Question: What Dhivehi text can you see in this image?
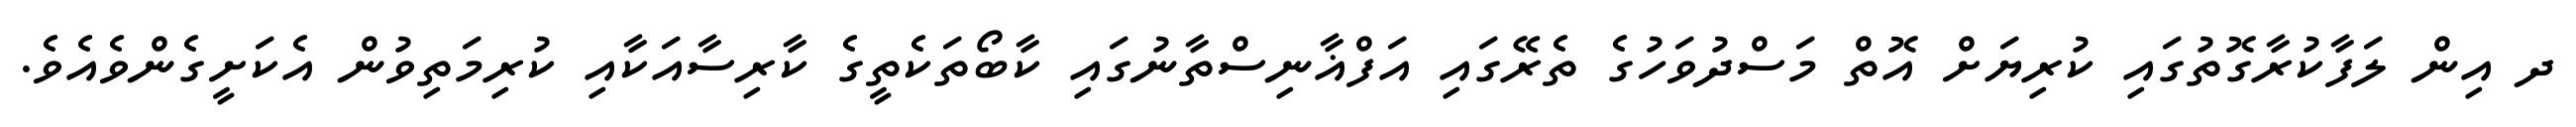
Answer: ދ އިން ލަފާކުރާގޮތުގައި ކުރިޔަށް އޮތް މަސްދުވަހުގެ ތެރޭގައި އަފްޣާނިސްތާނުގައި ކާބޯތަކެތީގެ ކާރިސާއަކާއި ކުރިމަތިވުން އެކަށީގެންވެއެވެ.